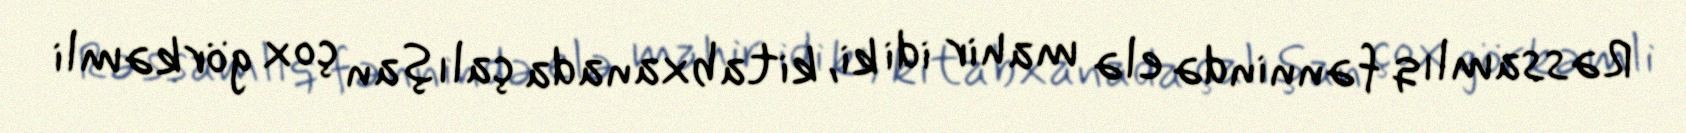
Rəssamlıq fənnində elə mahir idi ki, kitabxanada çalışan çox görkəmli